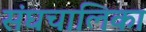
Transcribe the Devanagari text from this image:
संघचालिका